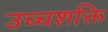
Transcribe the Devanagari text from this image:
उच्‍चशक्ति